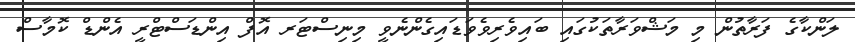
ލަންކާގެ ފަރާތުން މި މަޝްވަރާތަކުގައި ބައިވެރިވެވަޑައިގެންނެވީ މިނިސްޓަރ އޮފް އިންޑަސްޓްރީ އެންޑް ކޮމާސް